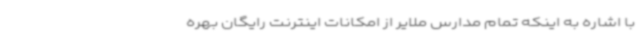
با اشاره به اینکه تمام مدارس ملایر از امکانات اینترنت رایگان بهره